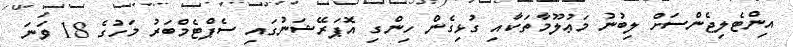
އިންޓެލިޖެންސަށް ލިބުނު މަޢުލޫމާތަކާއި ގުޅިގެން ހިންގި އޮަޕަރޭޝަނުގައި ސެޕްޓެމްބަރު މަހުގެ 18 ވަނަ